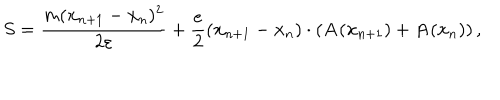
S = { \frac { m ( { \bf x } _ { n + 1 } - { \bf x } _ { n } ) ^ { 2 } } { 2 \varepsilon } } + { \frac { e } { 2 } } ( { \bf x } _ { n + 1 } - { \bf x } _ { n } ) \cdot ( { \bf A } ( { \bf x } _ { n + 1 } ) + { \bf A } ( { \bf x } _ { n } ) ) \, ,